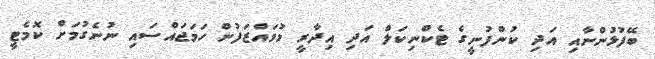
ބޭފުޅުންނާއި އަދި ކުންފުނީގެ ޓެކްނިކަލް އަދި އިދާރީ މުވައްޒަފުން ހަމަޖައްސައި ނުނެގުމަށް ކޮމެޓީ